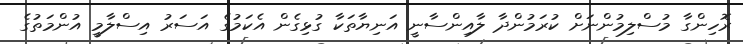
ރޮހިންގާ މުސްލިމުންނަށް ކުރަމުންދާ ލާއިންސާނީ އަނިޔާތަކާ ގުޅިގެން އެކަމުގެ އަސަރު އިސްލާމީ އުންމަތުގެ